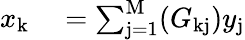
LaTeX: \begin{array}{rl}{x_{\mathrm{k}}}&{{}=\sum_{\mathrm{j}=1}^{\mathrm{M}}(G_{\mathrm{kj}})y_{\mathrm{j}}}\end{array}